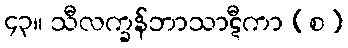
၄၃။ သီလက္ခန်ဘာသာဋီကာ (စ)